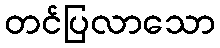
တင်ပြလာသော